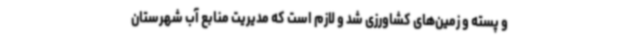
و پسته و زمین‌های کشاورزی شد و لازم است که مدیریت منابع آب شهرستان